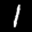
Label: 1